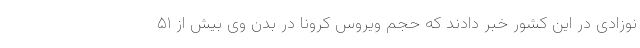
نوزادی در این کشور خبر دادند که حجم ویروس کرونا در بدن وی بیش از ۵۱